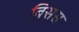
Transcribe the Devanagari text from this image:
बिसस